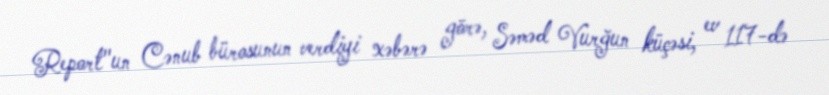
Report"un Cənub bürosunun verdiyi xəbərə görə, Səməd Vurğun küçəsi, ev 117-də